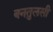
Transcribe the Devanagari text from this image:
बनतुलसी